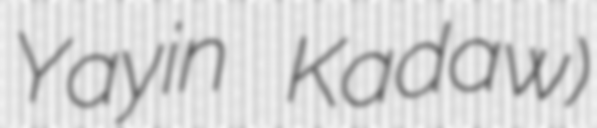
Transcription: Yayin Kadaw)